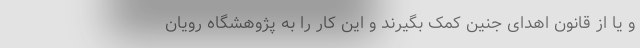
و یا از قانون اهدای جنین کمک بگیرند و این کار را به پژوهشگاه رویان